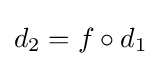
d_{2}=f\circ d_{1}